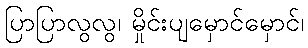
ပြာပြာလွလွ၊ မှိုင်းပျမှောင်မှောင်၊